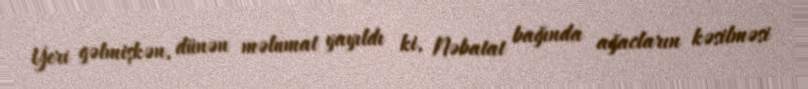
Yeri gəlmişkən, dünən məlumat yayıldı ki, Nəbatat bağında ağacların kəsilməsi